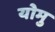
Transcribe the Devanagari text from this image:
योमु